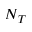
N _ { T }